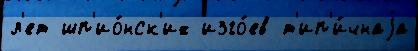
л'ет шп'ио́нск'их изго́ев т'ип'и́чнаjа